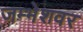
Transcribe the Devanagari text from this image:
जम्भेशवर